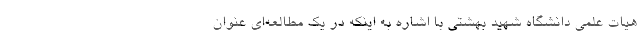
هیات علمی دانشگاه شهید بهشتی با اشاره به اینکه در یک مطالعه‌ای عنوان